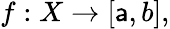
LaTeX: f:X\to[\mathsf{a},b],